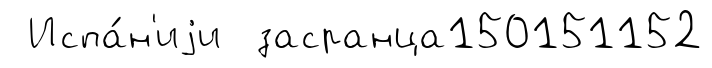
Испа́н'иjи засранца150151152